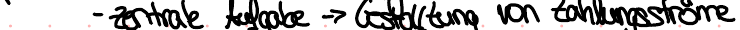
- zentrale Aufgabe -> Gestaltung von Zahlungsströme